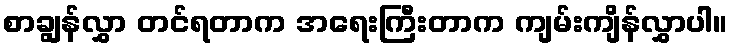
စာချွန်လွှာ တင်ရတာက အရေးကြီးတာက ကျမ်းကျိန်လွှာပါ။